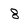
Character: 8